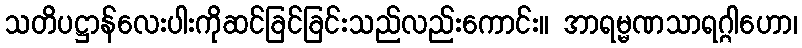
သတိပဋ္ဌာန်လေးပါးကိုဆင်ခြင်ခြင်းသည်လည်းကောင်း။ အာရမ္မဏသာရဂ္ဂါဟော၊